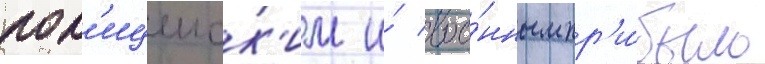
пол'ицеиск'им и́ вое́нным пр'и́было